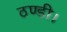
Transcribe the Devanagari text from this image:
ठण्डी।